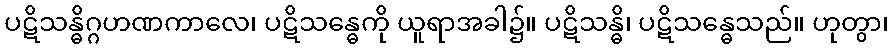
ပဋိသန္ဓိဂ္ဂဟဏကာလေ၊ ပဋိသန္ဓေကို ယူရာအခါ၌။ ပဋိသန္ဓိ၊ ပဋိသန္ဓေသည်။ ဟုတွာ၊